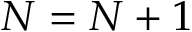
N = N + 1